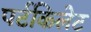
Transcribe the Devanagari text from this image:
पर्टकिलेट